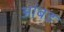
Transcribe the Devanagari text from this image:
आंबड